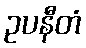
ဥပနီတံ